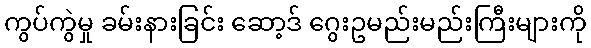
ကွပ်ကွဲမှု ခမ်းနားခြင်း ဆော့ဒ် ဂွေးဥမည်းမည်းကြီးများကို